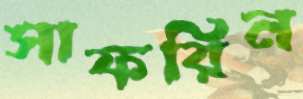
সাফরিন